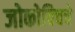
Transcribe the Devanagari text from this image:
जोकोविचचे